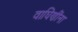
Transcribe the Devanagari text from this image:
वाघिणींना